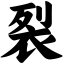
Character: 裂